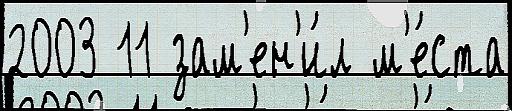
2003 11 зам'ен'и́л м'е́ста